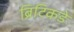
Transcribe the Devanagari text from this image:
ब्रिटिकडे